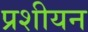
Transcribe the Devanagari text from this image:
प्रशीयन